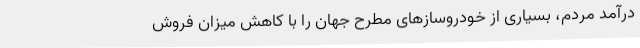
درآمد مردم، بسیاری از خودروسازهای مطرح جهان را با کاهش میزان فروش